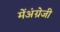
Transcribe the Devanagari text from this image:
मेंअंग्रेजी